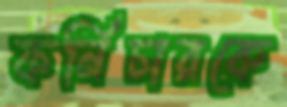
ফর্নিচারকে